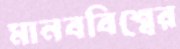
মানববিশ্বের